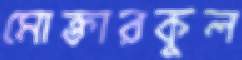
মোক্তারকুল